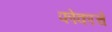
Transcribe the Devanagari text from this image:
फोकाचे